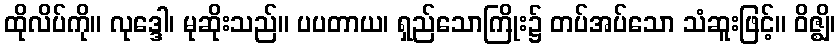
ထိုလိပ်ကို။ လုဒ္ဒေါ၊ မုဆိုးသည်။ ပပတာယ၊ ရှည်သောကြိုး၌ တပ်အပ်သော သံဆူးဖြင့်။ ဝိဇ္ဈိ၊